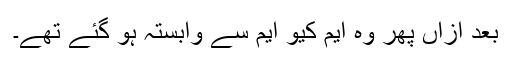
بعد ازاں پھر وہ ایم کیو ایم سے وابستہ ہو گئے تھے۔